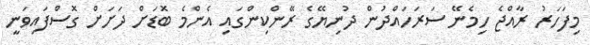
މިފަހަރު ރާއްޖެ ހިމެނޭ ސަރަހައްދުން ދުނިޔޭގެ ރޭންކިންގައި އެންމެ ބޮޑަށް ދަށަށް ގޮސްފައިވަނީ